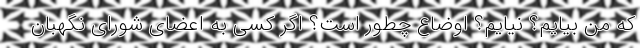
که من بیایم؟ نیایم؟ اوضاع چطور است؟ اگر کسی به اعضای شورای نگهبان